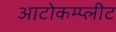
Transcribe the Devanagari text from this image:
आटोकम्प्लीट